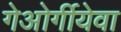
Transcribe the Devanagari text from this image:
गेओर्गीयेवा